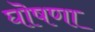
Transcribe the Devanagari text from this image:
घॊषणा